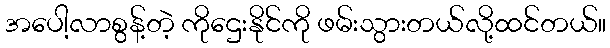
အပေါ့လာစွန့်တဲ့ ကိုဌေးနိုင်ကို ဖမ်းသွားတယ်လို့ထင်တယ်။